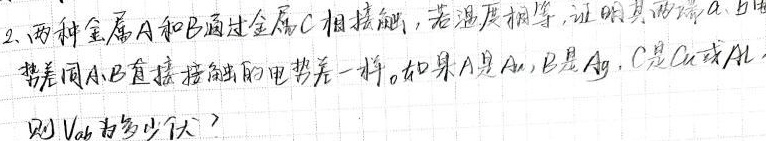
2. 两种金属$A$和$B$通过金属$C$相接触，若温度相等，证明其电势差$A$、$B$与直接接触的电势差一样。如果$A$是$Au$，$B$是$Ag$，$C$是$Cu$或$Al$，则$V_{ab}$为多少伏？